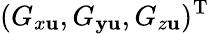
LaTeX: (G_{x\mathbf{u}},G_{\mathbf{y}\mathbf{u}},G_{z\mathbf{u}})^{\mathrm{{T}}}